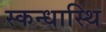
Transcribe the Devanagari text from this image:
स्कन्धास्थि